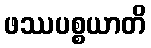
ဖဿပစ္စယာတိ